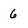
Character: 6